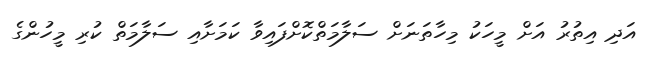
އަދި އިތުރު އަށް މީހަކު މިހާތަނަށް ސަލާމަތްކޮށްފައިވާ ކަމަށާއި ސަލާމަތް ކުރި މީހުންގެ